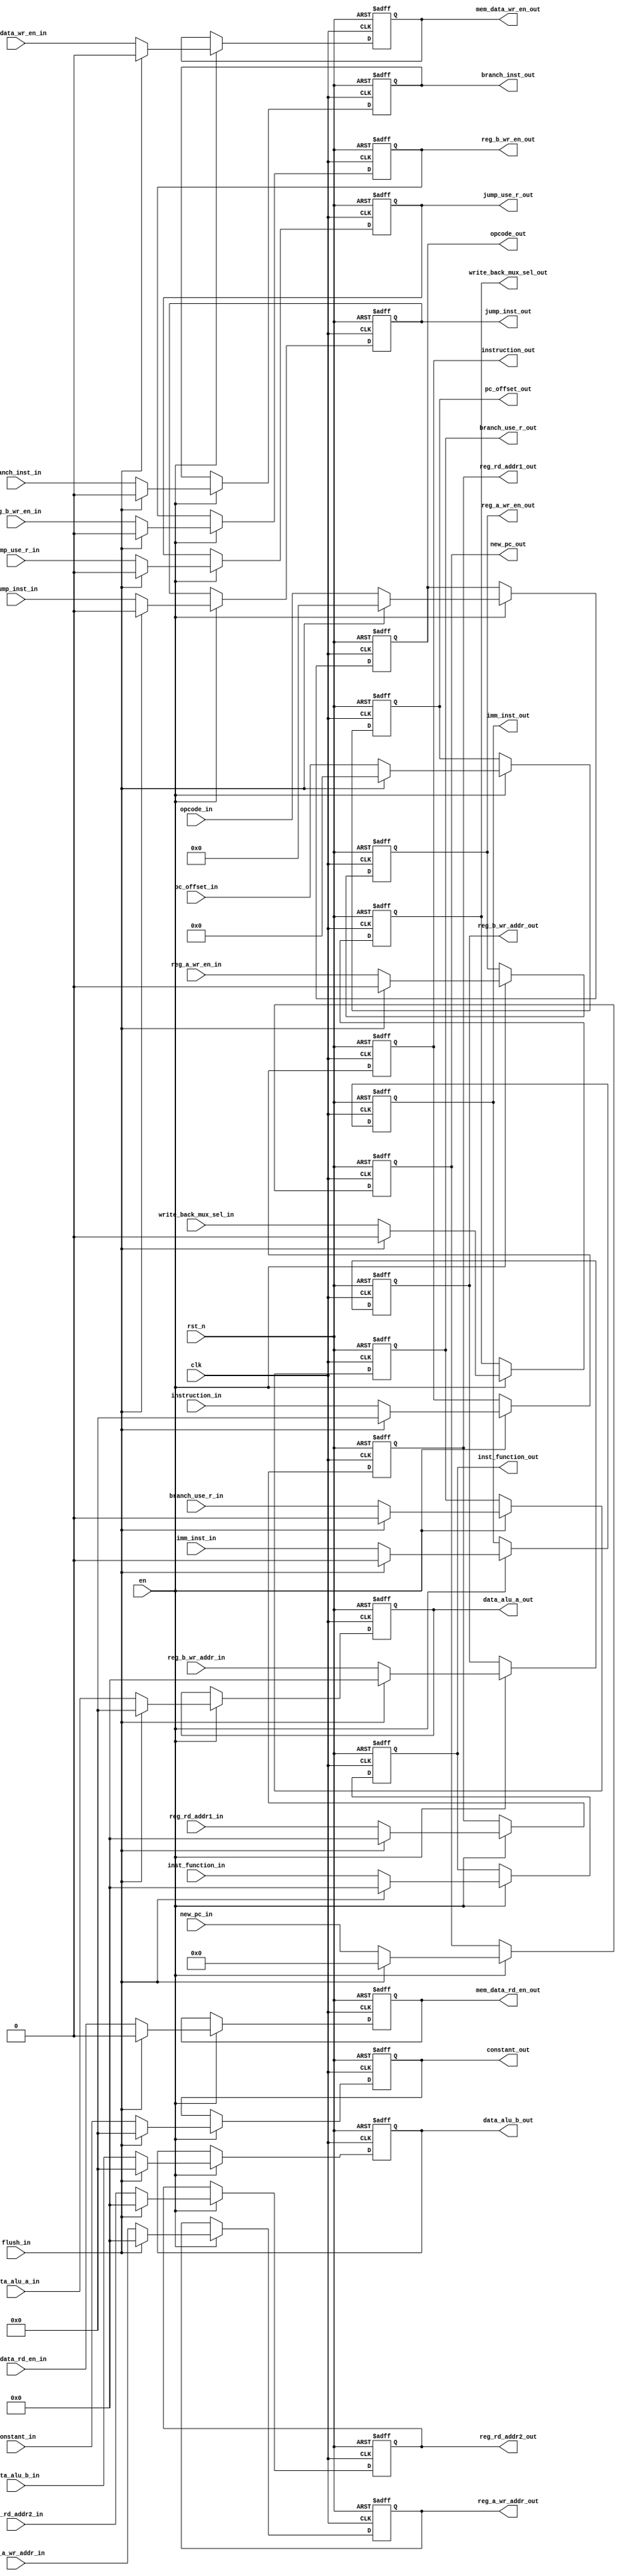
// +----------------------------------------------------------------------------
// GNU General Public License
// -----------------------------------------------------------------------------
// This file is part of uDLX (micro-DeLuX) soft IP-core.
//
// uDLX is free soft IP-core: you can redistribute it and/or modify
// it under the terms of the GNU General Public License as published by
// the Free Software Foundation, either version 3 of the License, or
// (at your option) any later version.
//
// uDLX soft core is distributed in the hope that it will be useful,
// but WITHOUT ANY WARRANTY; without even the implied warranty of
// MERCHANTABILITY or FITNESS FOR A PARTICULAR PURPOSE. See the
// GNU General Public License for more details.
//
// You should have received a copy of the GNU General Public License
// along with uDLX. If not, see <http://www.gnu.org/licenses/>.
// +----------------------------------------------------------------------------
// PROJECT: uDLX core Processor
// ------------------------------------------------------------------------------
// -----------------------------------------------------------------------------
// KEYWORDS    : dlx, decoder, instruction, execute, pipeline
// -----------------------------------------------------------------------------
// PURPOSE     : Decode/Execute pipeline registers
// -----------------------------------------------------------------------------
module id_ex_reg
#(
   parameter INSTRUCTION_WIDTH = 32,
   parameter PC_WIDTH = 20,
   parameter DATA_WIDTH = 32,
   parameter OPCODE_WIDTH = 6,
   parameter FUNCTION_WIDTH = 5,
   parameter REG_ADDR_WIDTH = 5,
   parameter IMEDIATE_WIDTH = 16,
   parameter PC_OFFSET_WIDTH = 26
)
(
   input clk,
   input rst_n,
   input en,
   input flush_in,

   input [DATA_WIDTH-1:0] data_alu_a_in,
   input [DATA_WIDTH-1:0] data_alu_b_in,
   input [PC_WIDTH-1:0] new_pc_in,
   input [INSTRUCTION_WIDTH-1:0] instruction_in,
   input [OPCODE_WIDTH-1:0] opcode_in,
   input [FUNCTION_WIDTH-1:0] inst_function_in,
   input [REG_ADDR_WIDTH-1:0] reg_rd_addr1_in,
   input [REG_ADDR_WIDTH-1:0] reg_rd_addr2_in,
//   input [REG_ADDR_WIDTH-1:0] reg_wr_addr_in,
//   input reg_wr_en_in,
   input [REG_ADDR_WIDTH-1:0] reg_a_wr_addr_in,
   input [REG_ADDR_WIDTH-1:0] reg_b_wr_addr_in,
   input reg_a_wr_en_in,
   input reg_b_wr_en_in,
   input [DATA_WIDTH-1:0] constant_in,
   input imm_inst_in,
//   input [IMEDIATE_WIDTH-1:0] immediate_in,
   input [PC_OFFSET_WIDTH-1:0] pc_offset_in,
   input mem_data_rd_en_in,
   input mem_data_wr_en_in,
   input write_back_mux_sel_in,
   input branch_inst_in,
   input branch_use_r_in,
   input jump_inst_in,
   input jump_use_r_in,

   output reg [DATA_WIDTH-1:0] data_alu_a_out,
   output reg [DATA_WIDTH-1:0] data_alu_b_out,
   output reg [PC_WIDTH-1:0] new_pc_out,
   output reg [INSTRUCTION_WIDTH-1:0] instruction_out,
   output reg [OPCODE_WIDTH-1:0] opcode_out,
   output reg [FUNCTION_WIDTH-1:0] inst_function_out,
//   output reg [FUNCTION_WIDTH-1:0] inst_function,
   output reg [REG_ADDR_WIDTH-1:0] reg_rd_addr1_out,
   output reg [REG_ADDR_WIDTH-1:0] reg_rd_addr2_out,
//   output reg [REG_ADDR_WIDTH-1:0] reg_wr_addr_out,
//   output reg reg_wr_en_out,
   output reg [REG_ADDR_WIDTH-1:0] reg_a_wr_addr_out,
   output reg [REG_ADDR_WIDTH-1:0] reg_b_wr_addr_out,
   output reg reg_a_wr_en_out,
   output reg reg_b_wr_en_out,
   output reg [DATA_WIDTH-1:0] constant_out,
   output reg imm_inst_out,
//   output reg [IMEDIATE_WIDTH-1:0] immediate_out,
   output reg [PC_OFFSET_WIDTH-1:0] pc_offset_out,
   output reg mem_data_rd_en_out,
   output reg mem_data_wr_en_out,
   output reg write_back_mux_sel_out,
   output reg branch_inst_out,
   output reg branch_use_r_out,
   output reg jump_inst_out,
   output reg jump_use_r_out
);

always@(posedge clk, negedge rst_n)begin
   if(!rst_n)begin
      data_alu_a_out <= 0;
      data_alu_b_out <= 0;
      new_pc_out <= 0;
      instruction_out <= 0;
      opcode_out <= 0;
      inst_function_out <= 0;
      reg_rd_addr1_out <= 0;
      reg_rd_addr2_out <= 0;
//      reg_wr_addr_out <= 0;
//      reg_wr_en_out <= 0;
      reg_a_wr_addr_out <= 0;
      reg_b_wr_addr_out <= 0;
      reg_a_wr_en_out <= 0;
      reg_b_wr_en_out <= 0;

      constant_out <= 0;
      imm_inst_out <= 0;
//      immediate_out <= 0;
      pc_offset_out <= 0;
      mem_data_rd_en_out <= 0;
      mem_data_wr_en_out <= 0;
      write_back_mux_sel_out <= 0;
      branch_inst_out <= 0;
      branch_use_r_out <= 0;
      jump_inst_out <= 0;
      jump_use_r_out <= 0;
   end
   else if(en) begin
      if(flush_in)begin
         data_alu_a_out <= 0;
         data_alu_b_out <= 0;
         new_pc_out <= 0;
         instruction_out <= 0;
         opcode_out <= 0;
         inst_function_out <= 0;
         reg_rd_addr1_out <= 0;
         reg_rd_addr2_out <= 0;
//         reg_wr_addr_out <= 0;
//         reg_wr_en_out <= 0;
         reg_a_wr_addr_out <= 0;
         reg_b_wr_addr_out <= 0;
         reg_a_wr_en_out <= 0;
         reg_b_wr_en_out <= 0;

         constant_out <= 0;
         imm_inst_out <= 0;
         pc_offset_out <= 0;
         mem_data_rd_en_out <= 0;
         mem_data_wr_en_out <= 0;
         write_back_mux_sel_out <= 0;
         branch_inst_out <= 0;
         branch_use_r_out <= 0;
         jump_inst_out <= 0;
         jump_use_r_out <= 0;
      end
      else begin
         data_alu_a_out <= data_alu_a_in;
         data_alu_b_out <= data_alu_b_in;
         new_pc_out <= new_pc_in;
         instruction_out <= instruction_in;
         opcode_out <= opcode_in;
         inst_function_out <= inst_function_in;
         reg_rd_addr1_out <= reg_rd_addr1_in;
         reg_rd_addr2_out <= reg_rd_addr2_in;
//         reg_wr_addr_out <= reg_wr_addr_in;
//         reg_wr_en_out <= reg_wr_en_in;
         reg_a_wr_addr_out <= reg_a_wr_addr_in;
         reg_b_wr_addr_out <= reg_b_wr_addr_in;
         reg_a_wr_en_out <= reg_a_wr_en_in;
         reg_b_wr_en_out <= reg_b_wr_en_in;
         constant_out <= constant_in;
         imm_inst_out <= imm_inst_in;
//         immediate_out <= immediate_in;
         pc_offset_out <= pc_offset_in;
         mem_data_rd_en_out <= mem_data_rd_en_in;
         mem_data_wr_en_out <= mem_data_wr_en_in;
         write_back_mux_sel_out <= write_back_mux_sel_in;
         branch_inst_out <= branch_inst_in;
         branch_use_r_out <= branch_use_r_in;
         jump_inst_out <= jump_inst_in;
         jump_use_r_out <= jump_use_r_in;
      end
   end
end


endmodule